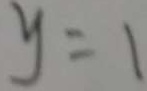
y = 1